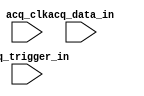
// megafunction wizard: %SignalTap II Logic Analyzer%VBB%
// GENERATION: STANDARD
// VERSION: WM1.0
// MODULE: sld_signaltap 

// ============================================================
// Megafunction Name(s):
// 			sld_signaltap
//
// Simulation Library Files(s):
// 			
// ============================================================
// ************************************************************
// THIS IS A WIZARD-GENERATED FILE. DO NOT EDIT THIS FILE!
//
// 17.0.0 Build 595 04/25/2017 SJ Standard Edition
// ************************************************************

//Copyright (C) 2017  Intel Corporation. All rights reserved.
//Your use of Intel Corporation's design tools, logic functions 
//and other software and tools, and its AMPP partner logic 
//functions, and any output files from any of the foregoing 
//(including device programming or simulation files), and any 
//associated documentation or information are expressly subject 
//to the terms and conditions of the Intel Program License 
//Subscription Agreement, the Intel Quartus Prime License Agreement,
//the Intel MegaCore Function License Agreement, or other 
//applicable license agreement, including, without limitation, 
//that your use is for the sole purpose of programming logic 
//devices manufactured by Intel and sold by Intel or its 
//authorized distributors.  Please refer to the applicable 
//agreement for further details.

module SIGN (
	acq_clk,
	acq_data_in,
	acq_trigger_in);

	input	  acq_clk;
	input	[7:0]  acq_data_in;
	input	[0:0]  acq_trigger_in;

endmodule

// ============================================================
// CNX file retrieval info
// ============================================================
// Retrieval info: PRIVATE: DATA_WIDTH_SPIN STRING ""
// Retrieval info: PRIVATE: INTENDED_DEVICE_FAMILY STRING "Cyclone II"
// Retrieval info: PRIVATE: RAM_TYPE_COMBO STRING "Auto"
// Retrieval info: PRIVATE: SAMPLE_DEPTH_COMBO STRING "512"
// Retrieval info: PRIVATE: SLD_TRIGGER_OUT_ENABLED NUMERIC "0"
// Retrieval info: PRIVATE: TRIGGER_LEVELS_COMBO STRING "1"
// Retrieval info: PRIVATE: TRIGGER_WIDTH_SPIN STRING ""
// Retrieval info: LIBRARY: altera_mf altera_mf.altera_mf_components.all
// Retrieval info: CONSTANT: SLD_ADVANCED_TRIGGER_ENTITY STRING "basic,1,"
// Retrieval info: CONSTANT: SLD_DATA_BITS NUMERIC "8"
// Retrieval info: CONSTANT: SLD_DATA_BIT_CNTR_BITS NUMERIC "4"
// Retrieval info: CONSTANT: SLD_ENABLE_ADVANCED_TRIGGER NUMERIC "0"
// Retrieval info: CONSTANT: SLD_MEM_ADDRESS_BITS NUMERIC "9"
// Retrieval info: CONSTANT: SLD_NODE_CRC_BITS NUMERIC "32"
// Retrieval info: CONSTANT: SLD_NODE_CRC_HIWORD NUMERIC "2074"
// Retrieval info: CONSTANT: SLD_NODE_CRC_LOWORD NUMERIC "23989"
// Retrieval info: CONSTANT: SLD_NODE_INFO NUMERIC "1076736"
// Retrieval info: CONSTANT: SLD_RAM_BLOCK_TYPE STRING "AUTO"
// Retrieval info: CONSTANT: SLD_SAMPLE_DEPTH NUMERIC "512"
// Retrieval info: CONSTANT: SLD_STORAGE_QUALIFIER_GAP_RECORD NUMERIC "0"
// Retrieval info: CONSTANT: SLD_STORAGE_QUALIFIER_MODE STRING "OFF"
// Retrieval info: CONSTANT: SLD_TRIGGER_BITS NUMERIC "1"
// Retrieval info: CONSTANT: SLD_TRIGGER_IN_ENABLED NUMERIC "0"
// Retrieval info: CONSTANT: SLD_TRIGGER_LEVEL NUMERIC "1"
// Retrieval info: CONSTANT: SLD_TRIGGER_LEVEL_PIPELINE NUMERIC "1"
// Retrieval info: USED_PORT: acq_clk 0 0 0 0 INPUT NODEFVAL "acq_clk"
// Retrieval info: USED_PORT: acq_data_in 0 0 8 0 INPUT NODEFVAL "acq_data_in[7..0]"
// Retrieval info: USED_PORT: acq_trigger_in 0 0 1 0 INPUT NODEFVAL "acq_trigger_in[0..0]"
// Retrieval info: CONNECT: @acq_clk 0 0 0 0 acq_clk 0 0 0 0
// Retrieval info: CONNECT: @acq_data_in 0 0 8 0 acq_data_in 0 0 8 0
// Retrieval info: CONNECT: @acq_trigger_in 0 0 1 0 acq_trigger_in 0 0 1 0
// Retrieval info: GEN_FILE: TYPE_NORMAL SIGN.v TRUE
// Retrieval info: GEN_FILE: TYPE_NORMAL SIGN.inc TRUE
// Retrieval info: GEN_FILE: TYPE_NORMAL SIGN.cmp FALSE
// Retrieval info: GEN_FILE: TYPE_NORMAL SIGN.bsf TRUE
// Retrieval info: GEN_FILE: TYPE_NORMAL SIGN_inst.v FALSE
// Retrieval info: GEN_FILE: TYPE_NORMAL SIGN_bb.v TRUE